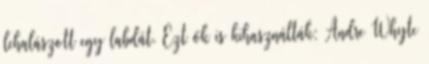
lehalászott egy labdát. Ezt ők is kihasználták: Andre Whyte